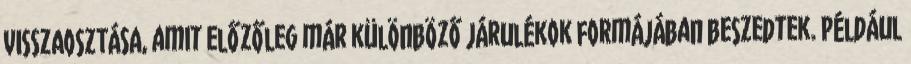
VISSZAOSZTÁSA, amit előzőleg már különböző járulékok formájában beszedtek. Például